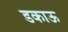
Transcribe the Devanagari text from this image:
डकाऊ